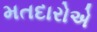
મતદારોએ